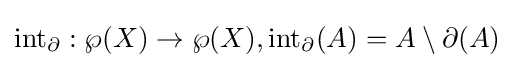
\operatorname {int} _{\partial }:\wp (X)\to \wp (X),\operatorname {int} _{\partial }(A)=A\setminus \partial (A)